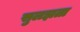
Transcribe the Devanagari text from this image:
सुलझता